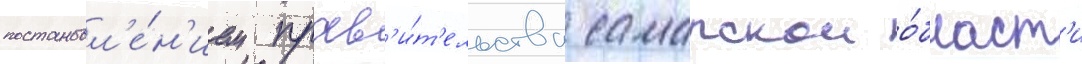
постановл'е́н'ием прав'и́т'ельства самарскои о́бласт'и